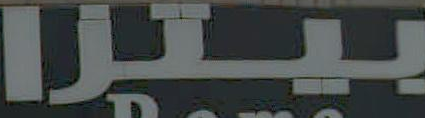
بيتزا